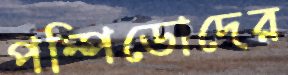
পম্পিডোদের